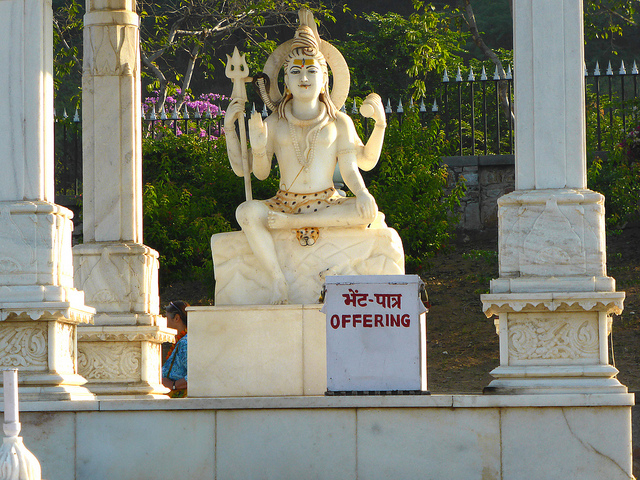
Language: hindi
Transcription: भेंट- पात्र